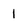
Character: l